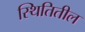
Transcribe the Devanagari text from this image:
स्थितितील